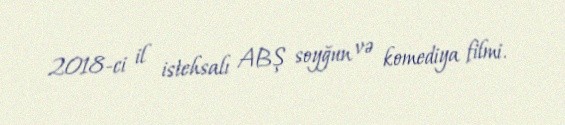
2018-ci il istehsalı ABŞ soyğun və komediya filmi.